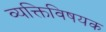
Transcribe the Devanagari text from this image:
व्यक्तिविषयक